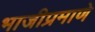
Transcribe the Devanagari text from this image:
भाजीप्रमाणे